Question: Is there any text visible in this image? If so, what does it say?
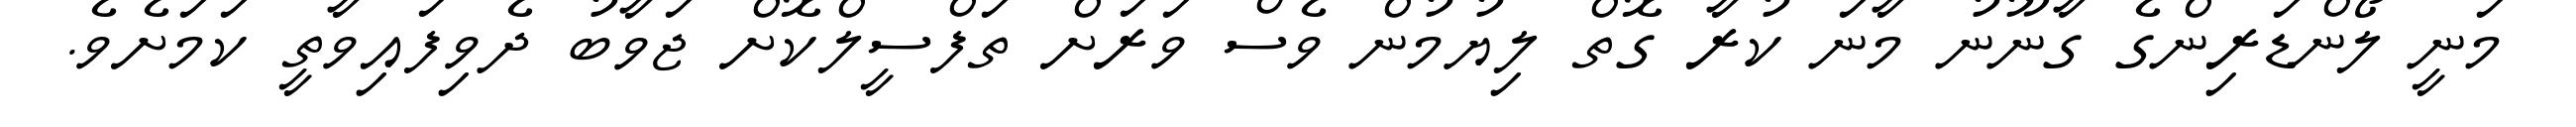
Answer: މަނީ ލޯންޑަރިންގެ ގާނޫނު މާނަ ކުރާ ގޮތް ލިޔުމުން ވެސް ވަރަށް ތަފްސީލްކޮށް ޖަވާބު ދެވިފައިވާތީ ކަމަށެވެ.